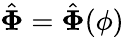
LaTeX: \hat{\mathbf\Phi}=\hat{\mathbf\Phi}(\phi)